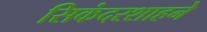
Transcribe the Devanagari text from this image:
सिकंदरशाहने